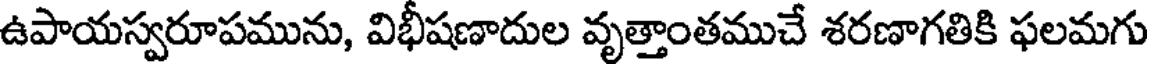
ఉపాయస్వరూపమును, విభీషణాదుల వృత్తాంతముచే శరణాగతికి ఫలమగు